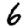
Digit: 6